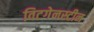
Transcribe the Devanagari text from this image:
विटगेनस्टीन